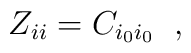
Z_{ii} = C_{i_0 i_0} \;\; ,